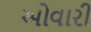
ઓવારી